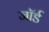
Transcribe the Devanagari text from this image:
जॉर्ड